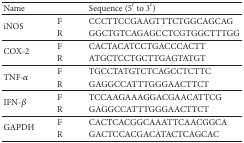
| Name |  | Sequence (5′ to 3′) |
 | --- | --- | --- |
 | <ROWSPAN=2> iNOS | F | CCCTTCCGAAGTTTCTGGCAGCAG |
 | R | GGCTGTCAGAGCCTCGTGGCTTTGG |
 | <ROWSPAN=2> COX-2 | F | CACTACATCCTGACCCACTT |
 | R | ATGCTCCTGCTTGAGTATGT |
 | <ROWSPAN=2> TNF-α | F | TGCCTATGTCTCAGCCTCTTC |
 | R | GAGGCCATTTGGGAACTTCT |
 | <ROWSPAN=2> IFN-β | F | TCCAAGAAAGGACGAACATTCG |
 | R | GAGGCCATTTGGGAACTTCT |
 | <ROWSPAN=2> GAPDH | F | CACTCACGGCAAATTCAACGGCA |
 | R | GACTCCACGACATACTCAGCAC |